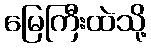
မြေကြီးထဲသို့